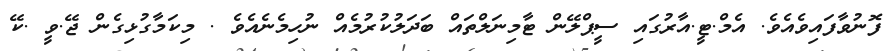
ފޮނުވާފައިވެއެވެ. އެމް.ޓީ.އާރުގައި ސީޕްލޭން ޓާމިނަލްތައް ބަދަލުކުރުމެއް ނުހިމެނެއެވެ . މިކަމާގުޅިގެން ޖޭ.ވީ .ކޭ